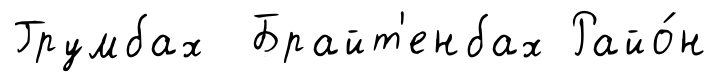
Грумбах Брайт'енбах Райо́н